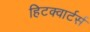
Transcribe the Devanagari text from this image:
हिटक्वार्टर्स